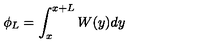
\phi _ { L } = \int _ { x } ^ { x + L } W ( y ) d y